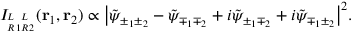
I _ { { ^ L _ { R } } _ { 1 } { ^ L _ { R } } _ { 2 } } ( \mathbf { r } _ { 1 } , \mathbf { r } _ { 2 } ) \propto \big | \tilde { \psi } _ { \pm _ { 1 } \pm _ { 2 } } - \tilde { \psi } _ { \mp _ { 1 } \mp _ { 2 } } + i \tilde { \psi } _ { \pm _ { 1 } \mp _ { 2 } } + i \tilde { \psi } _ { \mp _ { 1 } \pm _ { 2 } } \big | ^ { 2 } .